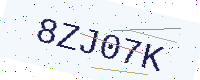
Text: 8ZJ07K